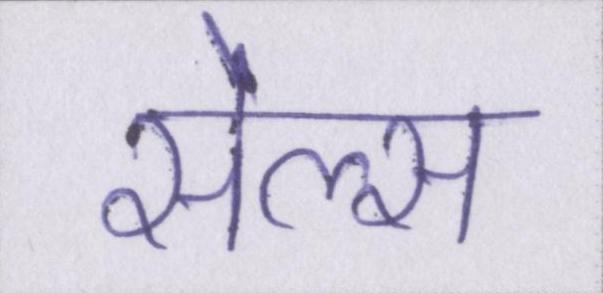
सेल्स